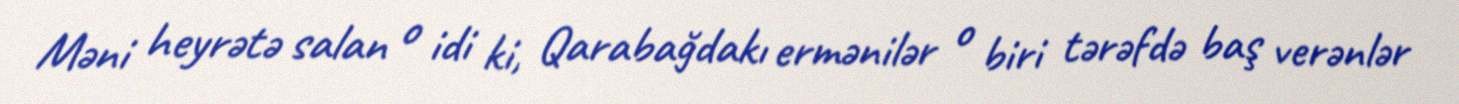
Məni heyrətə salan o idi ki, Qarabağdakı ermənilər o biri tərəfdə baş verənlər